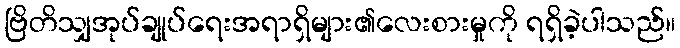
ဗြိတိသျှအုပ်ချုပ်ရေးအရာရှိများ၏လေးစားမှုကို ရရှိခဲ့ပါသည်။